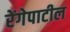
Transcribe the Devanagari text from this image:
रेंगेपाटील